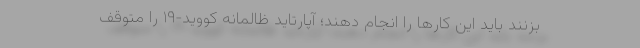
بزنند باید این کارها را انجام دهند؛ آپارتاید ظالمانه کووید-۱۹ را متوقف